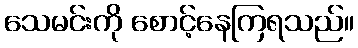
သေမင်းကို စောင့်နေကြရသည်။